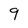
Character: 9